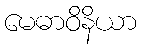
မေဓာဝိနိယာ